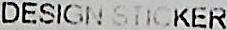
DESIGN STICKER